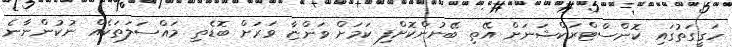
ހަގީގަތުގައި ކޮންސްޓްރަކްޝަނަށް އޭތި ބޭނުންކޮށްފި ކަމަށް ވަންޏާ ވަރަށް ބޮޑެތި މައްސަލަތަކެއް ނުކުންނާނެ